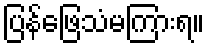
ပြန်ဖြေသံမကြားရ။